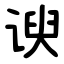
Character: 谀